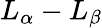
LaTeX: L_{\alpha}-L_{\beta}